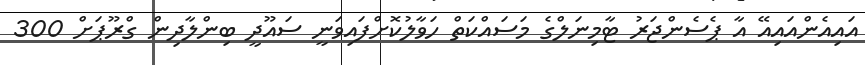
އައިއެންއައިއޭ އާ ޕެސެންޖަރު ޓާމިނަލްގެ މަސައްކަތް ހަވާލުކޮށްފައިވަނީ ސައޫދީ ބިންލާދިން ގްރޫޕަށް 300